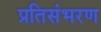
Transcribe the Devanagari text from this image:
प्रतिसंभरण